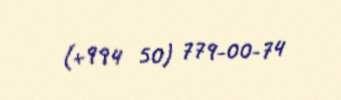
(+994 50) 779-00-74